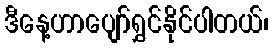
ဒီနေ့ဟာပျော်ရွှင်နိုင်ပါတယ်၊